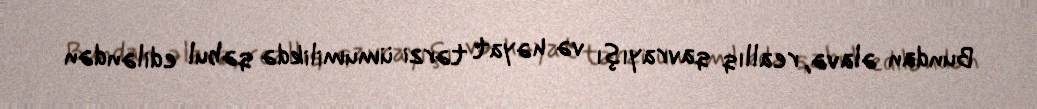
Bundan əlavə, reallıq qavrayışı və həyat tərzi ümumilikdə qəbul ediləndən